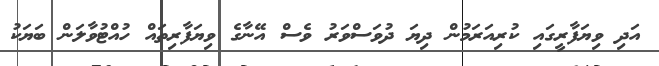
އަދި ވިޔަފާރީގައި ކުރިއަރަމުން ދިޔަ ދުވަސްވަރު ވެސް އޭނާގެ ވިޔަފާރިތައް ހުއްޓުވާލަން ބަޔަކު